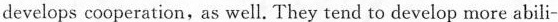
develops cooperation, as well. They tend to develop more abili-